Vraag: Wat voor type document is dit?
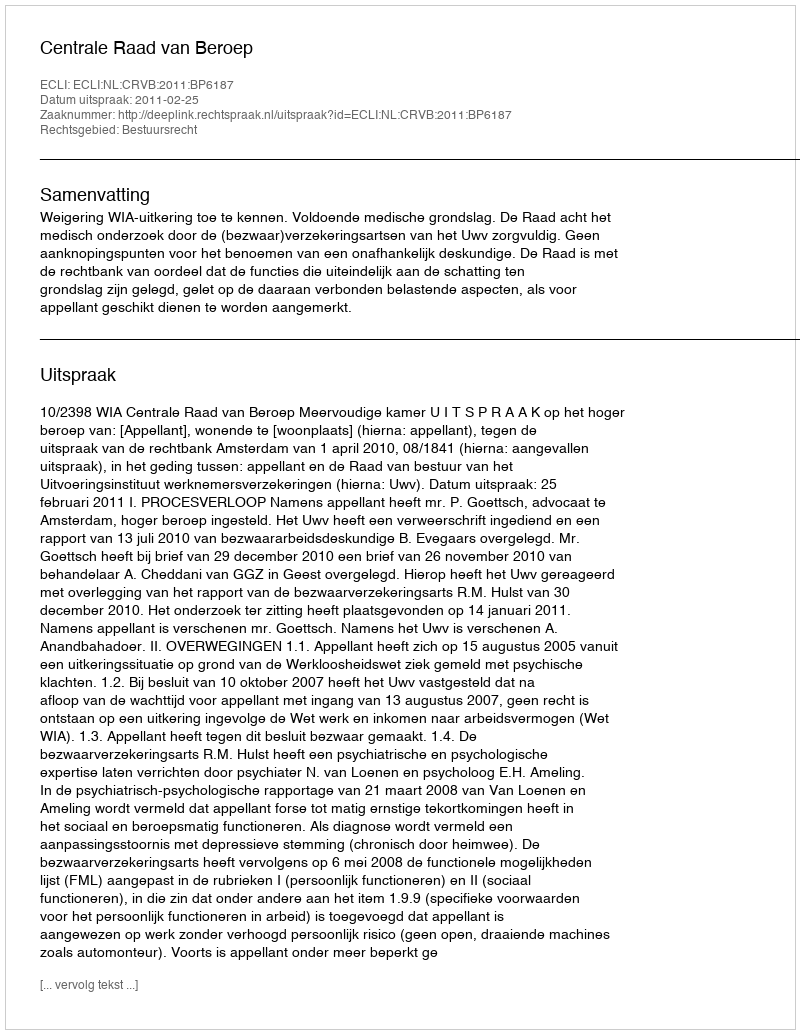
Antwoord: Uitspraak